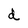
Character: d